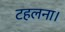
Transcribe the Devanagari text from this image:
टहलना।